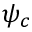
\psi _ { c }